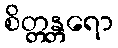
စိတ္တန္တရော